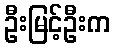
ဦးမြင့်ဦးက